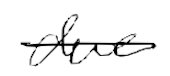
Text: due
Cross-out: single-line
Writing tool: digital_black